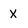
Character: X